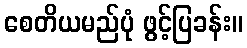
စေတိယမည်ပုံ ဖွင့်ပြခန်း။